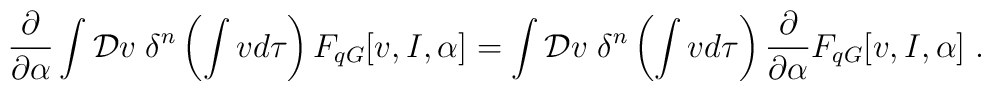
\frac{\partial}{\partial \alpha}\int {\cal D}v\; \delta^{n}\left(\int v d\tau \right) F_{q G}[v,I,\alpha]=\int {\cal D}v \;\delta^{n}\left(\int v d\tau \right) \frac{\partial}{\partial \alpha}F_{q G}[v,I,\alpha] \;.